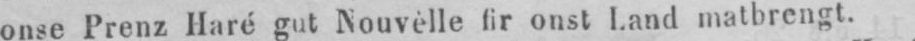
onse Prenz Haré gut Nouvèlle fir onst Land matbrengt.